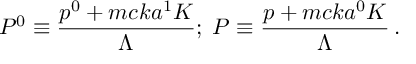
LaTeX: P ^ { 0 } \equiv \frac { p ^ { 0 } + m c k a ^ { 1 } K } { \Lambda } ; \; P \equiv \frac { p + m c k a ^ { 0 } K } { \Lambda } \, .